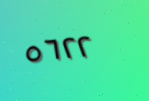
٥٦٢٢